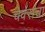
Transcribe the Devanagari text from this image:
चेक्सचा